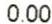
0.00